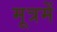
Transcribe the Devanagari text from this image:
मूत्रमें